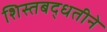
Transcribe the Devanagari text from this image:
शिस्तबद्धतीने